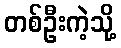
တစ်ဦးကဲ့သို့